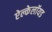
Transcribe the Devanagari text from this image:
ऐल्केलॉयड